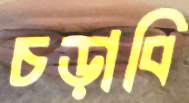
চড়াবি